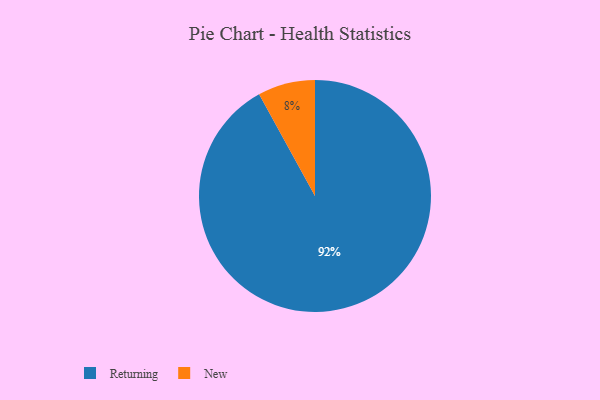
{"axis": {"x": "Category", "y": "Percentage"}, "legend": ["New", "Returning"], "data": [{"x": "New", "y": 8, "type": "New"}, {"x": "Returning", "y": 92, "type": "Returning"}]}